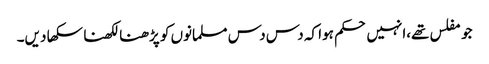
جو مفلس تھے،انہیں حکم ہوا کہ دس دس مسلمانوں کو پڑھنا لکھنا سکھا دیں۔